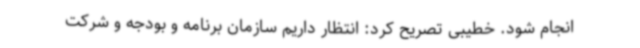
انجام شود. خطیبی تصریح کرد: انتظار داریم سازمان برنامه و بودجه و شرکت